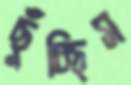
ছুঁচ্ছিস